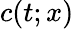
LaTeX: c(t;x)